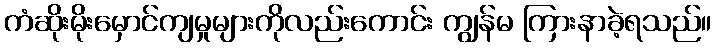
ကံဆိုးမိုးမှောင်ကျမှုများကိုလည်းကောင်း ကျွန်မ ကြားနာခဲ့ရသည်။